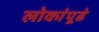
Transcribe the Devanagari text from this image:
लोकांपूढे